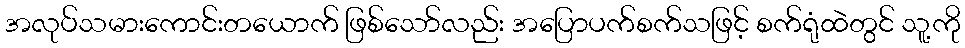
အလုပ်သမားကောင်းတယောက် ဖြစ်သော်လည်း အပြောပက်စက်သဖြင့် စက်ရုံထဲတွင် သူ့ကို